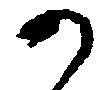
か